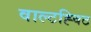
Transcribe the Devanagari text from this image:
वाल्टह्विट